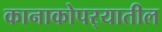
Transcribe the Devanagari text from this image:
कानाकोपर्‍यातील